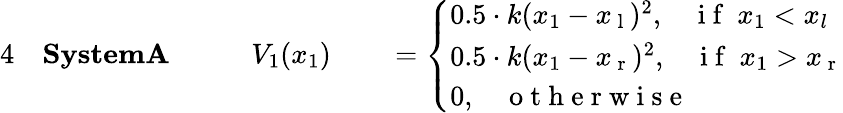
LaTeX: \begin{array}{rlrlrl}{{4}}&{{}\textbf{SystemA}\: \: \: \: }&{}&{{}V_{1}(x_{1})}&{}&{{}=\left\{ \begin{array}{ll}{0.5\cdot k(x_{1}-x_{\mathrm{~l~}})^{2},\: \: \: \: \mathrm{~i~f~}\ x_{1}<x_{l}}\\ {0.5\cdot k(x_{1}-x_{\mathrm{~r~}})^{2},\: \: \: \: \mathrm{~i~f~}\ x_{1}>x_{\mathrm{~r~}}}\\ {0,\: \: \: \: \mathrm{~o~t~h~e~r~w~i~s~e~}}\end{array}\right.}\end{array}